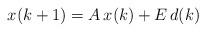
LaTeX: \begin{align*}x(k+1) = A \, x(k) + E \, d(k)\end{align*}